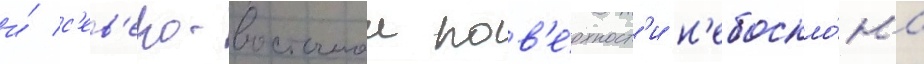
и́ с'ев'еро-восточнои пов'е́рхност'и н'ебоскло́на